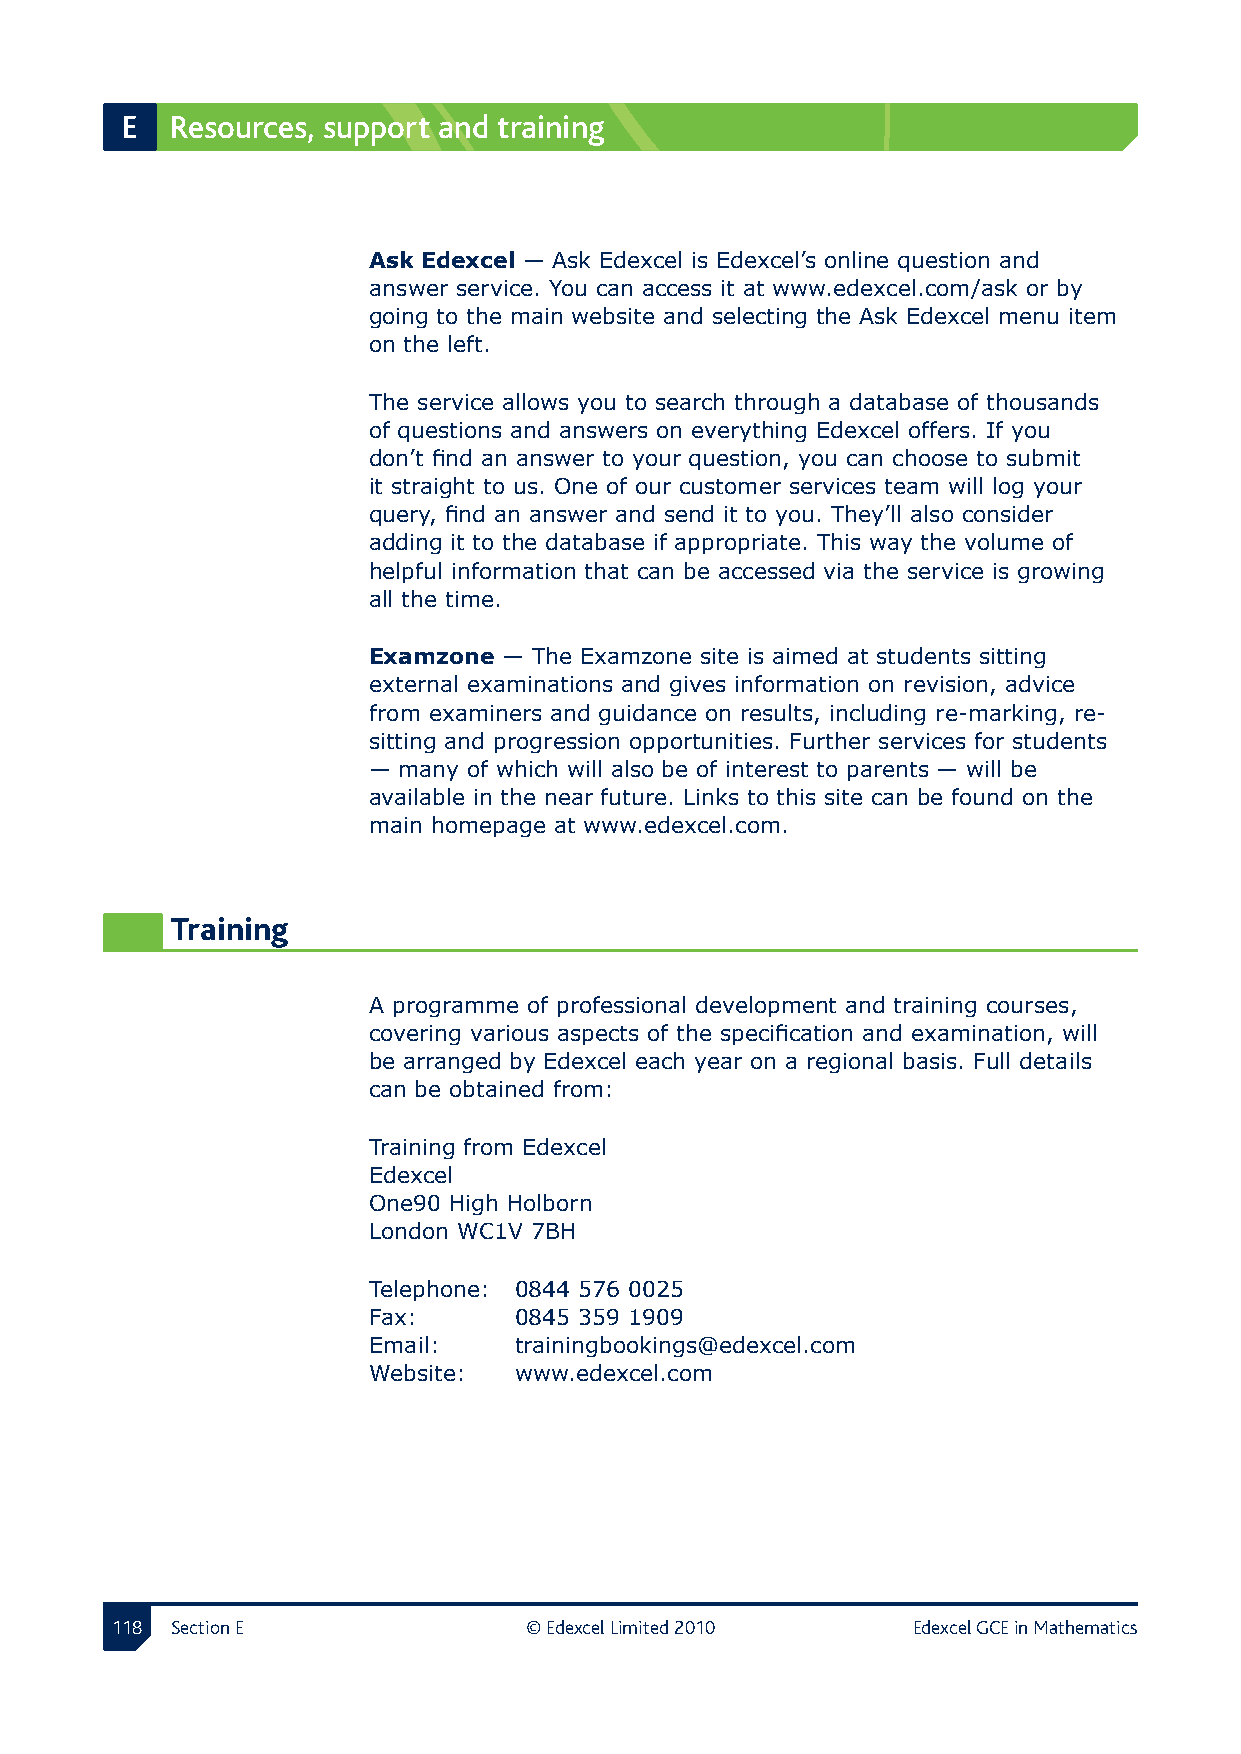
E  Resources, support and training
 Ask Edexcel — Ask Edexcel is Edexcel’s online question and
 answer service. You can access it at www.edexcel.com/ask or by
 going to the main website and selecting the Ask Edexcel menu item
 on the left.
 The service allows you to search through a database of thousands
 of questions and answers on everything Edexcel offers. If you
 don’t find an answer to your question, you can choose to submit
 it straight to us. One of our customer services team will log your
 query, find an answer and send it to you. They’ll also consider
 adding it to the database if appropriate. This way the volume of
 helpful information that can be accessed via the service is growing
 all the time.
 Examzone — The Examzone site is aimed at students sitting
 external examinations and gives information on revision, advice
 from examiners and guidance on results, including re-marking, re-
 sitting and progression opportunities. Further services for students
 — many of which will also be of interest to parents — will be
 available in the near future. Links to this site can be found on the
 main homepage at www.edexcel.com.
 Training
 A programme of professional development and training courses,
 covering various aspects of the specification and examination, will
 be arranged by Edexcel each year on a regional basis. Full details
 can be obtained from:
 Training from Edexcel
 Edexcel
 One90 High Holborn
 London WC1V 7BH
 Telephone: 0844 576 0025
 Fax:      0845 359 1909
 Email:    trainingbookings@edexcel.com
 Website:  www.edexcel.com
 11 Section E               © Edexcel Limited 2010   Edexcel GCE in Mathematics